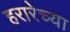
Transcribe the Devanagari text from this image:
हरारेच्या